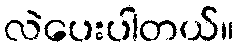
လဲပေးပါတယ်။